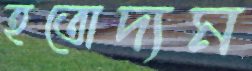
হতোদ্যম